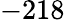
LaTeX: -218